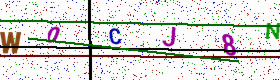
Text: W0CJ8N